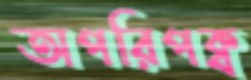
অপরিপক্ব